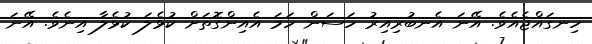
ހިނގައްޖެއެވެ. އޭނަ އެނބުރިއިރު ހަސަން ހަމަ އެއިންގޮތަށް ކުޅެލަ ކުޅެލާ އިނެވެ. އޭނަ